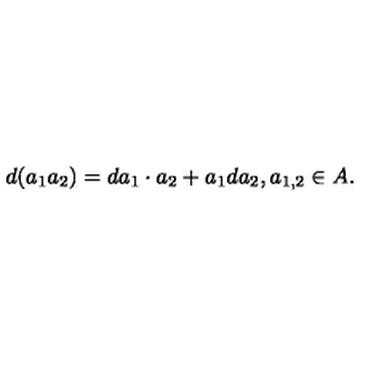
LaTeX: d ( a _ { 1 } a _ { 2 } ) = d a _ { 1 } \cdot a _ { 2 } + a _ { 1 } d a _ { 2 } , a _ { 1 , 2 } \in A .